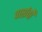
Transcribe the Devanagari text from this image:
पार्शवों